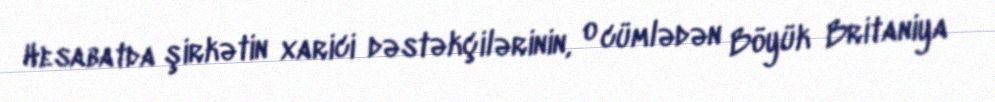
Hesabatda şirkətin xarici dəstəkçilərinin, o cümlədən Böyük Britaniya